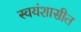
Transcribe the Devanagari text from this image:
स्वयंशासीत